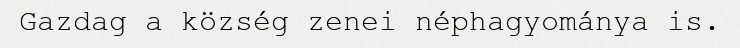
Gazdag a község zenei néphagyománya is.